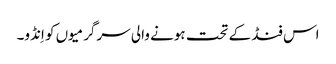
اس فنڈ کے تحت ہونے والی سرگرمیوں کو اِنڈو۔